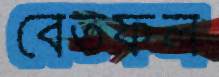
বেতফল